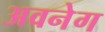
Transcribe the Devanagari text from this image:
अवनेग